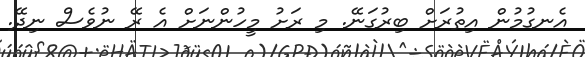
އެނގުމުން އިތުރަށް ބިރުގަނޭ. މި ރަށު މީހުންނަށް އެ ރޭ ނުވެސް ނިދޭ.